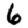
Digit: 6